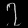
Digit: ၇